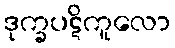
ဒုက္ခပဋိကူလော